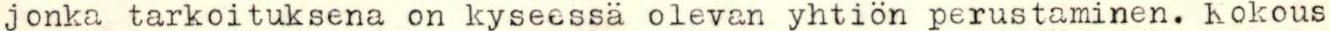
jonka tarkoituksena on kyseessä olevan yhtiön perustaminen. Kokous